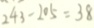
2 4 3 - 2 0 5 = 3 8